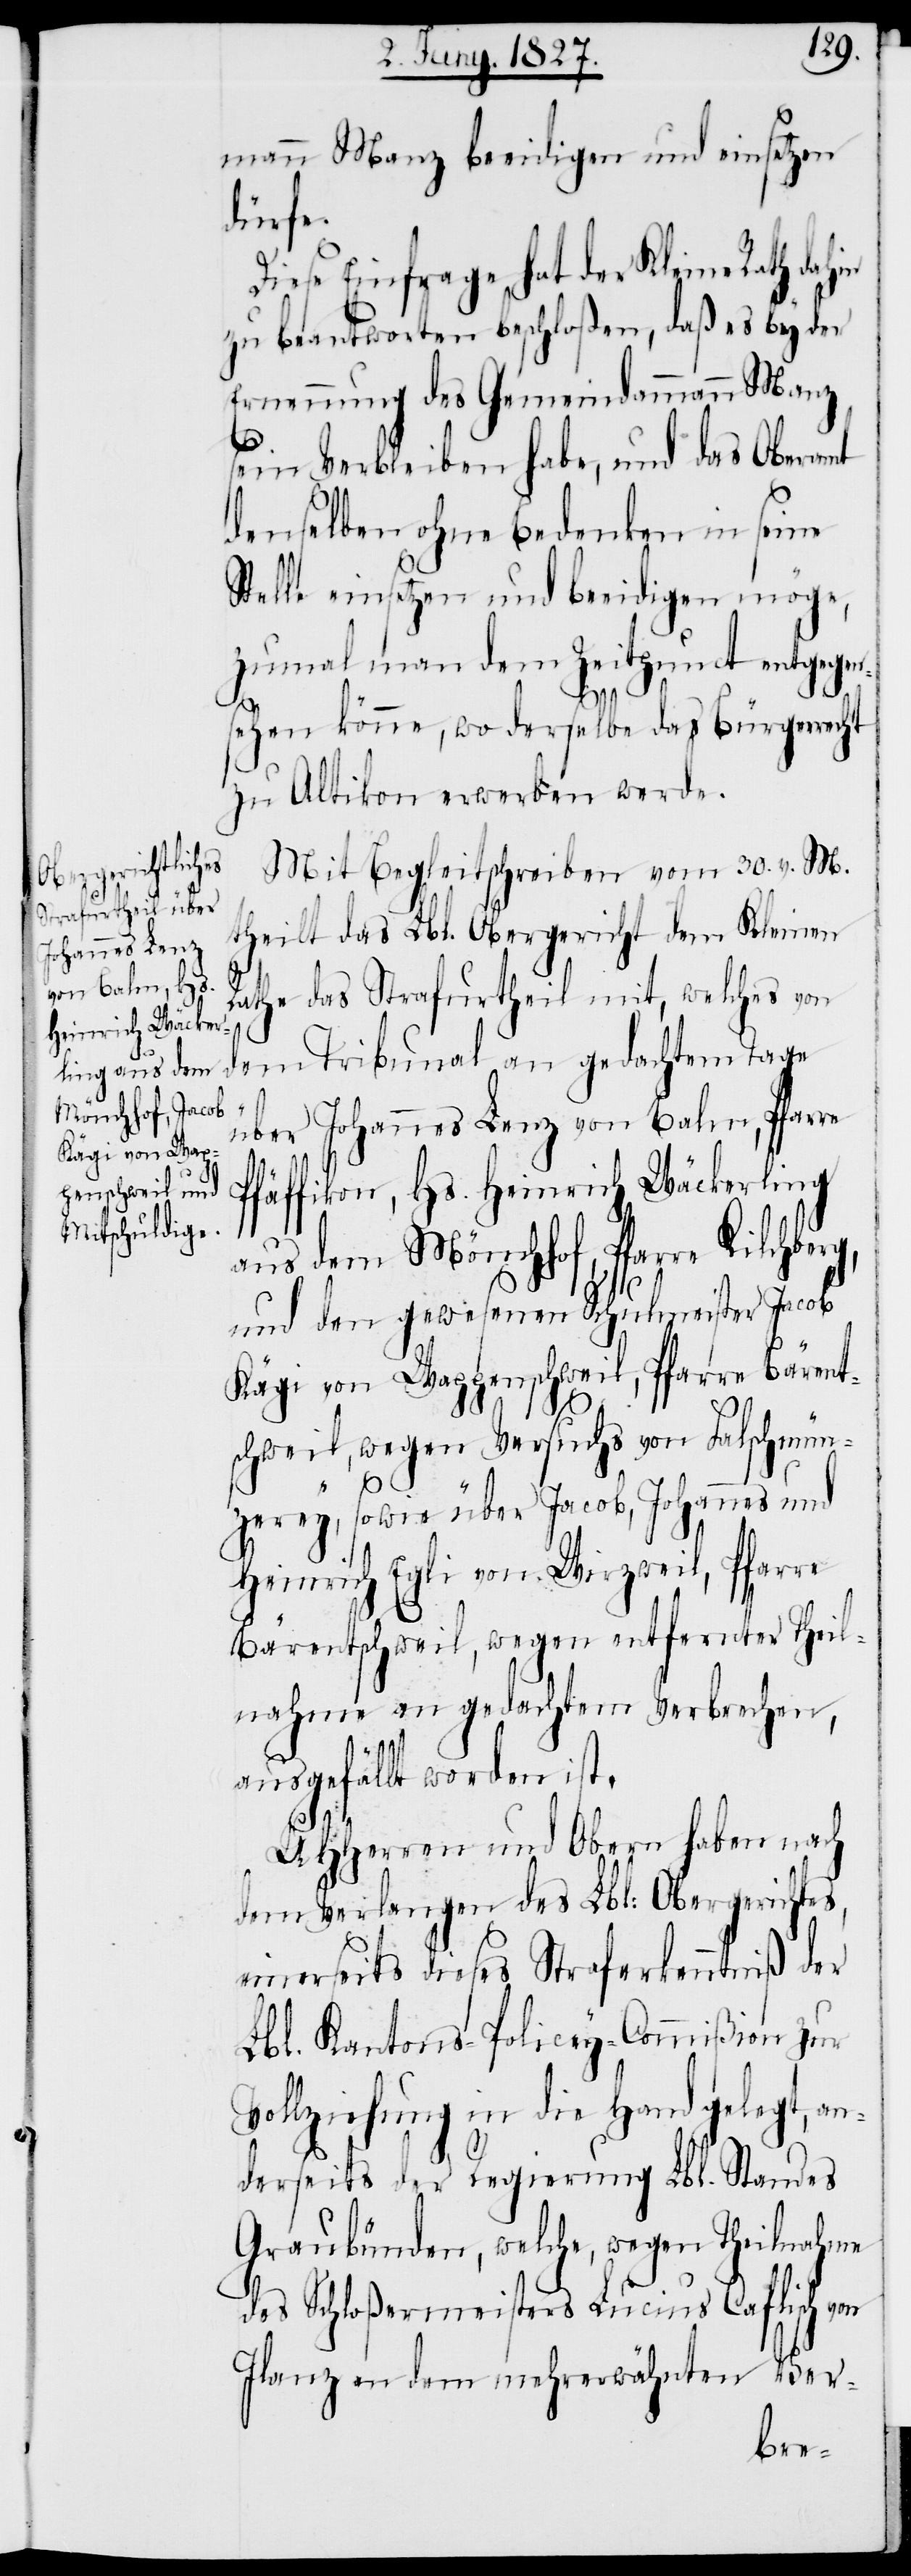
mann Manz beeidigen und einsetzen
dürfe.
Diese Einfrage hat der Kleine Rath dahin
zu beantworten beschloßen, daß es bey der
Ernennung des Gemeindammann Manz
sein Verbleiben habe, und das Oberamt
denselben ohne Bedenken in seine
Stelle einsetzen und beeidigen möge,
zumal man dem Zeitpunct entgegen¬
sehen könne, wo derselbe das Bürgerrecht
zu Altikon erwerben werde.
Mit Begleitschreiben vom 30. v. M.
theilt das Lbl. Obergericht dem Kleinen
Rathe das Strafurtheil mit, welches von
dem Tribunal an gedachtem Tage
über Johannes Lenz von Balm, Pfarre
Pfäffikon, Hs. Heinrich Wäckerling
aus dem Mönchhof, Pfarre Kilchber¬
und den gewesenen Schulmeister Jacob
Kägi von Wappenschweil, Pfarre Bärent¬
schweil, wegen Versuchs von Falschmün¬
zerey, sowie über Jacob, Johannes und
Heinrich Egli von Wirzweil, Pfarre
Bärentschweil, wegen entfernter Theil¬
nahme an gedachtem Verbrechen,
ausgefällt worden ist.
an¬
UHHerren und Obern haben nach
dem Verlangen des Lbl: Obergerichtes,
einerseits dieses Straferkenntniß der
Lbl. Kantons-Policey-Commißion zur
ollziehung in die Hand gelegt,
derseits der Regierung Lbl. Standes
Graubünden, welche, wegen Theilnahme
des Schloßermeisters Lucius Caflisch von
Ilanz an dem mehrerwähnten Ver-